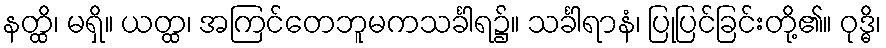
နတ္ထိ၊ မရှိ။ ယတ္ထ၊ အကြင်တေဘူမကသင်္ခါရ၌။ သင်္ခါရာနံ၊ ပြုပြင်ခြင်းတို့၏။ ဝုဒ္ဓိ၊